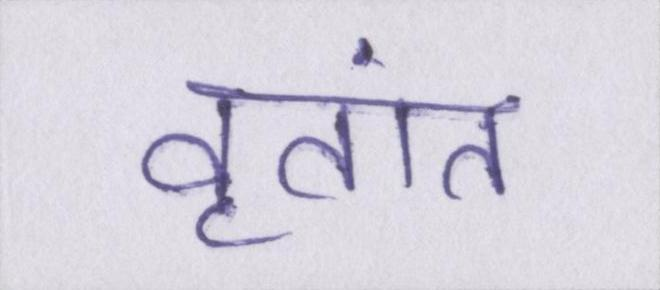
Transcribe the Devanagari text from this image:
वृतांत